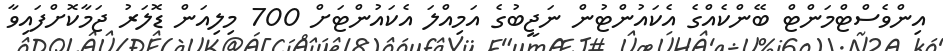
އިންވެސްޓްމަންޓް ބޭންކެއްގެ އެކައުންޓުން ނަޖީބުގެ އަމިއްލަ އެކައުންޓަށް 700 މިލިއަން ޑޮލަރު ޖަމާކޮށްފައިވާ